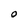
Character: O